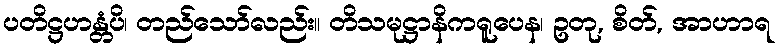
ပတိဋ္ဌဟန္တံပိ၊ တည်သော်လည်း။ တိသမုဋ္ဌာနိကရူပေန၊ ဥတု, စိတ်, အာဟာရ